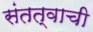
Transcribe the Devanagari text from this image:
संतत्वाची